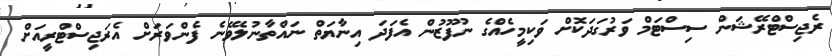
ރެޖިސްޓްރޭޝަން ސިސްޓަމް ވަރުގަދަކޮށް ވަކިމީހެއްގެ ނުފޫޒުން އެފަދަ އިނާޔަތް ނައްތާނުލެވޭނެ ފެންވަރަށް އެރަޖިސްޓްރީއަށް